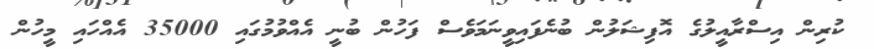
ކުރިން އިސްރާއީލުގެ އޮފިޝަލުން ބުނެފައިވީނަމަވެސް ފަހުން ބުނީ އެއްވުމުގައި 35000 އެއްހައި މީހުން